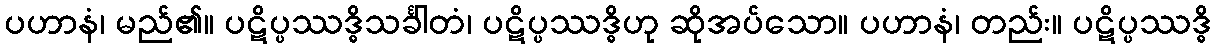
ပဟာနံ၊ မည်၏။ ပဋိပ္ပဿဒ္ဓိသင်္ခါတံ၊ ပဋိပ္ပဿဒ္ဓိဟု ဆိုအပ်သော။ ပဟာနံ၊ တည်း။ ပဋိပ္ပဿဒ္ဓိ